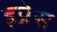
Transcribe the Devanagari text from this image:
इप्रेस